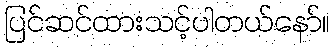
ပြင်ဆင်ထားသင့်ပါတယ်နော်။